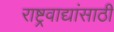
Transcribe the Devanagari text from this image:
राष्ट्रवाद्यांसाठी